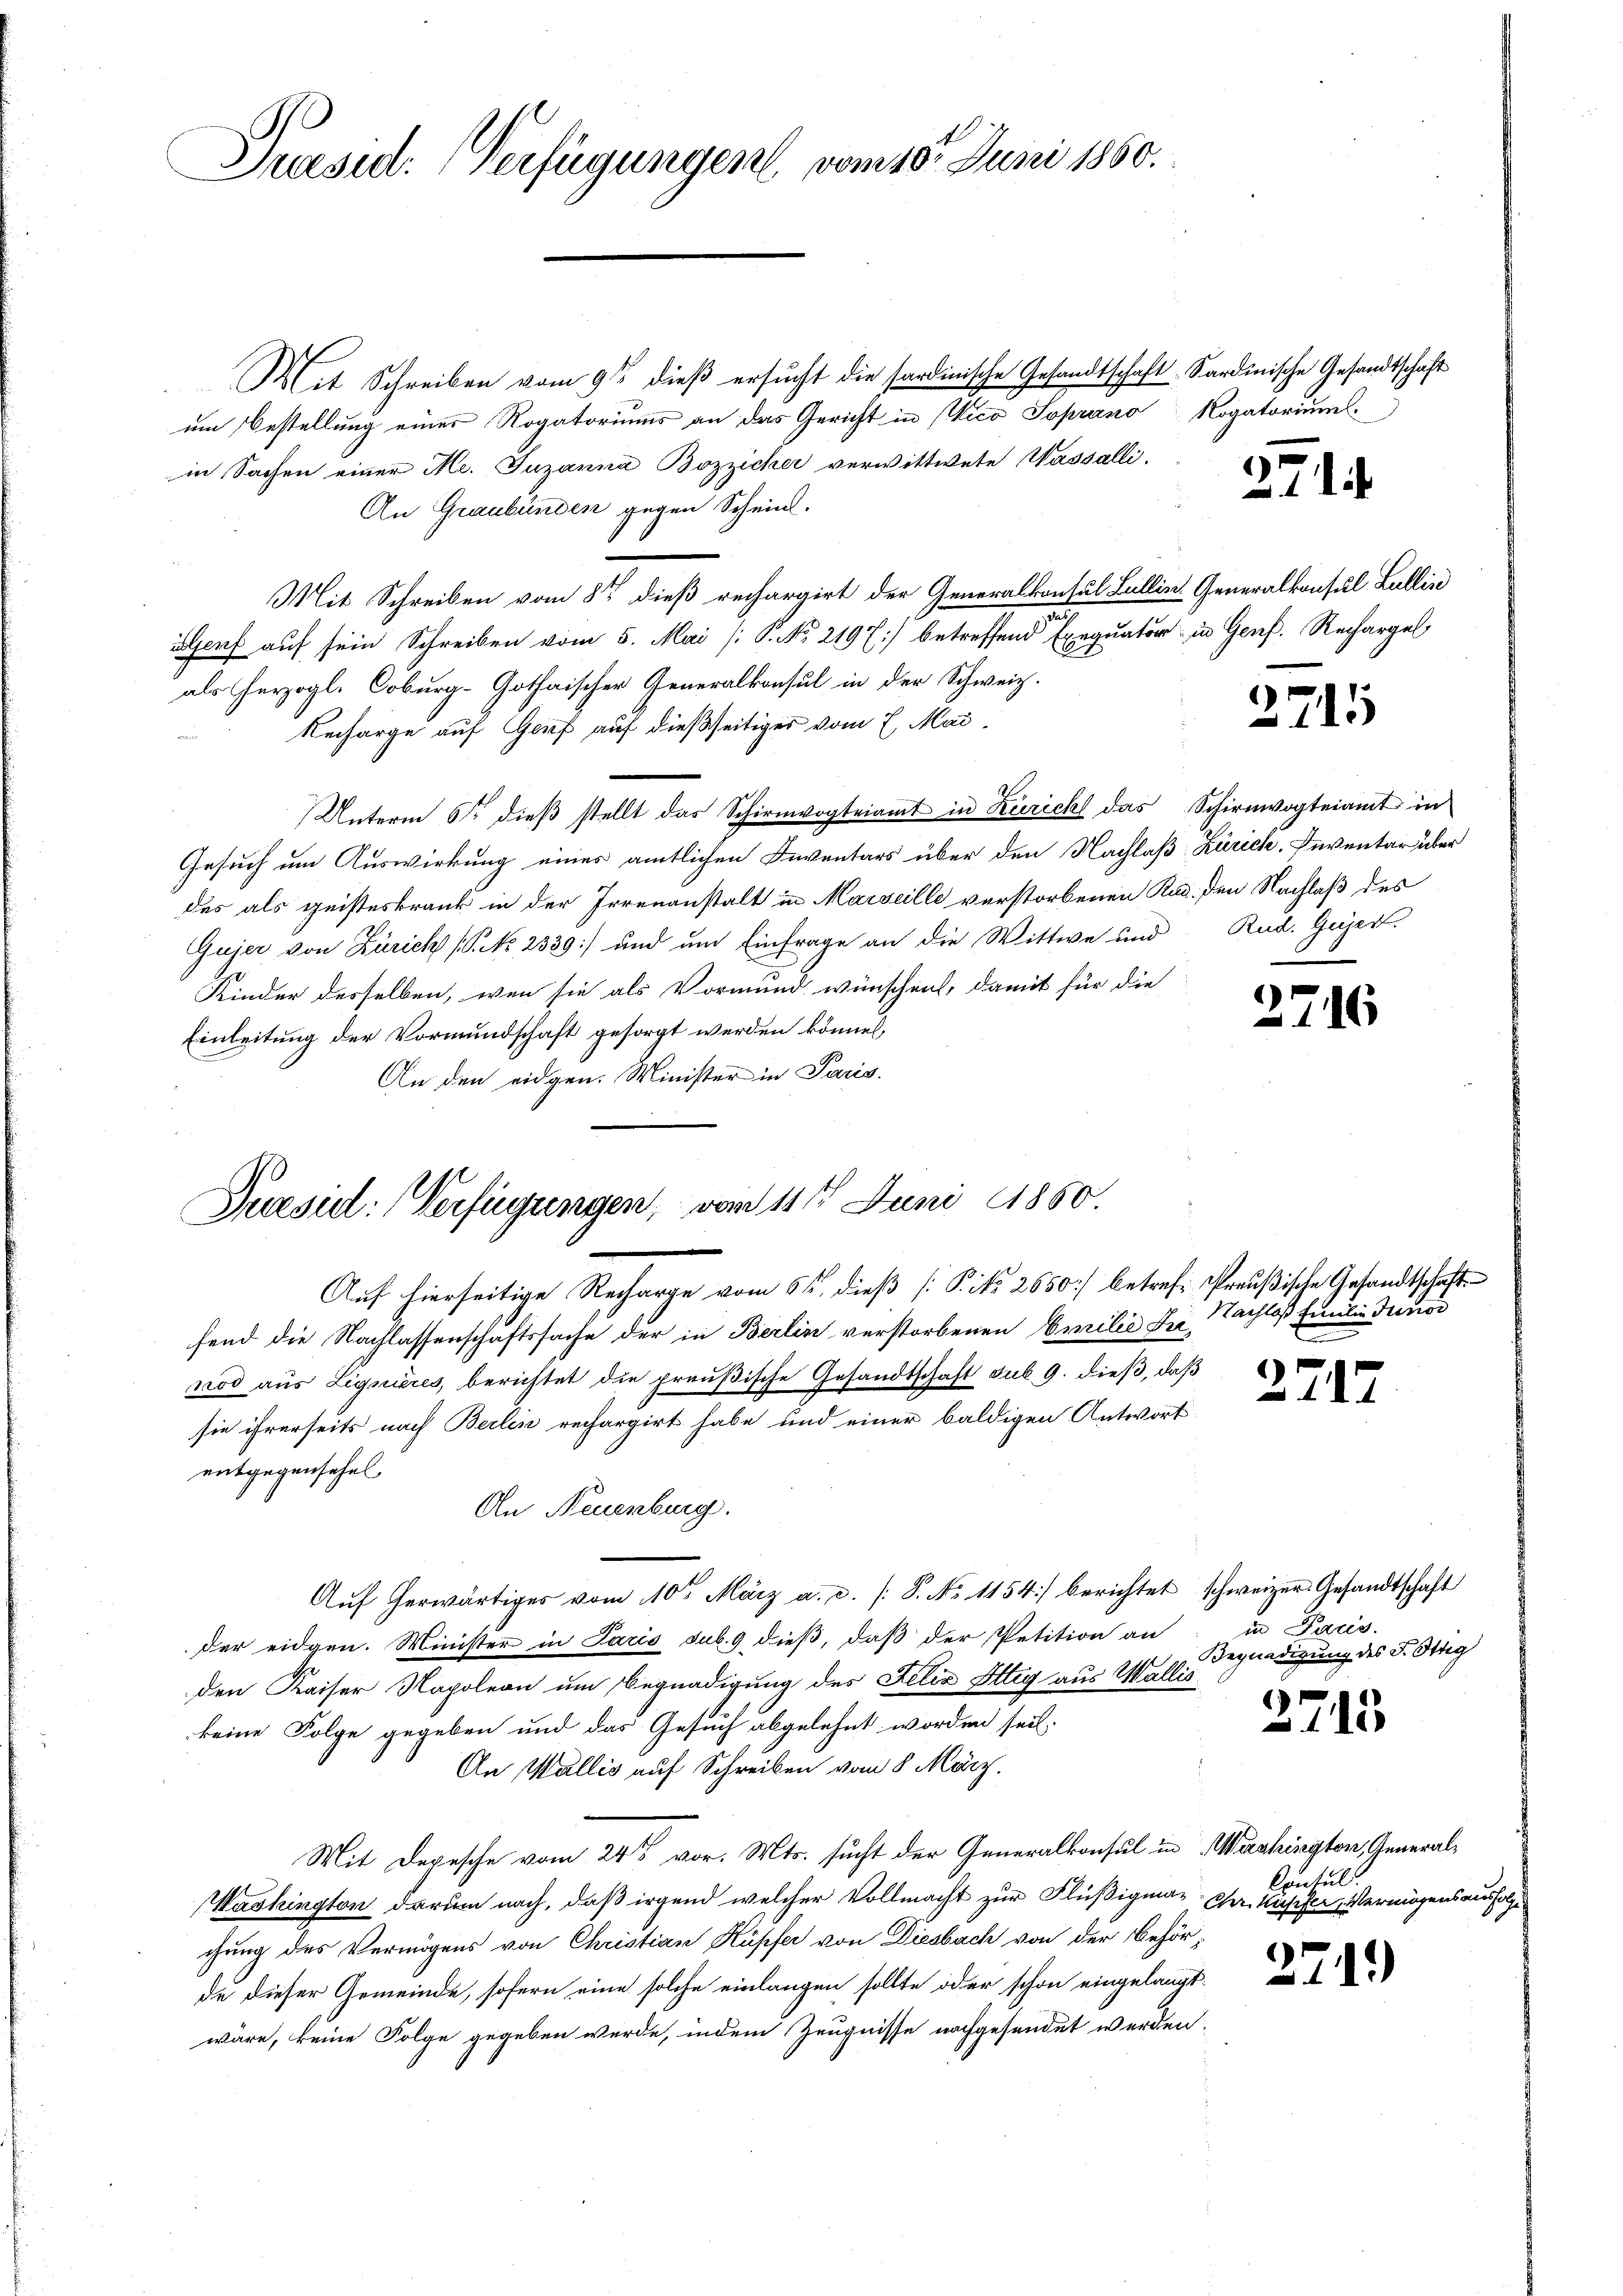
Praesid. Verfügungen vom 10ten Juni 1860.

Mit Schreiben vom 9ten dieß ersucht die sardinische Gesandtschaft Sardinische Gesandtschaft
um Bestellung einer Rogatoriums an das Gericht in Vico Soprano Rogatoriumsin Sachen einer Me. Juzanna Bozzicher verwittwete Wassalli-
An Graubünden gegen Schein.
Mit Schreiben vom 5ten dieß rechargirt der Generalkonsul Lullin Generalkonsul Lullin
Senf auf sein Schreiben vom 5. Mai [ P. No 2197) betreffend Exequator in Genf. Rechargel
als herzogl. Coburg-Gothaischer Generalkonsul in der Schweiz.
Recharge auf Genf auf dießseitiger vom 7. Mai,
Unterm 6ten dieβ stellt das Schirmvogteiamt in Zürich das Schirmvogteiamt in
Gesuch um Auswirkung eines amtlichen Inventars über den Nachlaß Zürich, Inventar über
des als geisteskrank in der Irrenanstalt in Marseille verstorbenen Rad, den Nachlaß des
Gujer von Zürich (N. 2339) und um Einfrage an die Wittwe und
Kinder desselben, wenn sie als Vormund wünschen, damit für die
Einleitung der Vormundschaft gesorgt werden könnet,
An den eidgen. Minister in Paris.

Puesiel: Verfügungen, vom 11te͇n Juni 1850

Auf hierseitige Recharge vom 6ten dieß [Pito 2650] betref- Preußische Gesandtschafts
fend die Nachlassenschaftssache der in Berlin verstorbenen Emilie der Nachloß Emilie Junor
nod aus Liquières, berichtet die preußische Gesandtschaft sub. 9. dieß, daß
sie ihrerseits nach Berlin rechargirt habe und einer baldigen Antwort
entgegenschel
An Neuenburg.
Aŭf herwärtiges vom 10ten März a. c. /: J. No 1154) berichtet schweizer Gesandtschaft
der eidgen. Minister in Paris sub. 9 dieß, daß der Petition an
den Kaiser Napoleon um Begnadigung des Felix Ittig aus Wallis
keine Folge gegeben und das Gesuch abgelehnt worden sei.
An Wallis auf Schreiben vom 8. März.
Mit Depesche vom 24t vor. Mts. sucht der Generalkonsul in Washington, General¬
Washington darum nach, daß irgend welcher Vollmacht zur Flüßigma-Cher. Kupfer, Vermögensausfolge
chung des Vermögens von Christian Kupfer von Diesbach von der Behörde dieser Gemeinde, sofern eine solche einlangen sollte oder schon eingelangt
wäre, keine Folge gegeben werde, indem Zeugnisse nachgesendet werden.

371

2715

Rud. Gesert.

2716

1
112

in Paris.
Begnadigung des F. Ottig

6
110

Contul

2741)